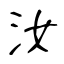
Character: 汝